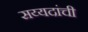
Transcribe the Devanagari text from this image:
सय्यदांची